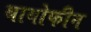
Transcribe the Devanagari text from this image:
थायोफीन